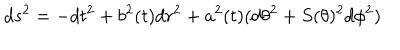
LaTeX: d s ^ { 2 } = - d t ^ { 2 } + b ^ { 2 } ( t ) d r ^ { 2 } + a ^ { 2 } ( t ) ( d \theta ^ { 2 } + S ( \theta ) ^ { 2 } d \phi ^ { 2 } )